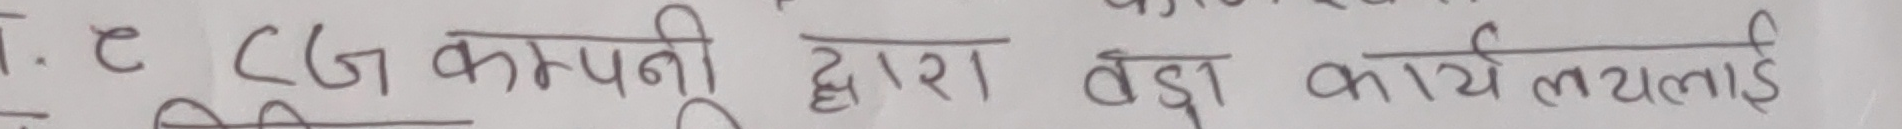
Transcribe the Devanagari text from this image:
१. e CLG कम्पनी द्वारा बड़ा कार्यालयलाई